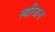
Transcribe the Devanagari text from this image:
स्त्रीजन